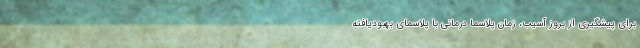
برای پیشگیری از بروز آسیب، زمان پلاسما درمانی با پلاسمای بهبودیافته